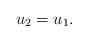
LaTeX: \begin{align*}u_2=u_1.\end{align*}